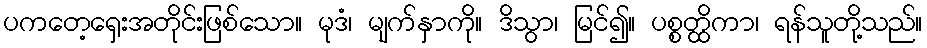
ပကတေ့ရှေးအတိုင်းဖြစ်သော။ မုဒံ၊ မျက်နှာကို။ ဒိသွာ၊ မြင်၍။ ပစ္စတ္ထိကာ၊ ရန်သူတို့သည်။